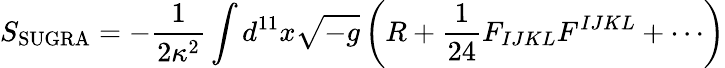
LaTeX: S_{\mathrm{SUGRA}}=-{\frac{1}{2\kappa^{2}}}\int d^{11}x\sqrt{-g}\left(R+{\frac{1}{24}}F_{IJKL}F^{IJKL}+\cdots\right)